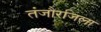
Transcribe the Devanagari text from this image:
तंजौरजिला